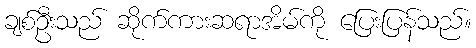
ချစ်ဦးသည် ဆိုက်ကားဆရာအိမ်ကို ပြေးပြန်သည်။